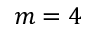
m = 4